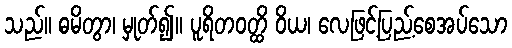
သည်။ ဓမိတွာ၊ မှုတ်၍။ ပူရိတဝတ္ထိ ဝိယ၊ လေဖြင့်ပြည့်စေအပ်သော